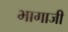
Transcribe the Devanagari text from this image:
भागाजी